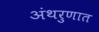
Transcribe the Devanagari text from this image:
अंथरुणात